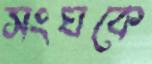
সংঘকে